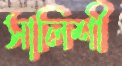
সালিশী